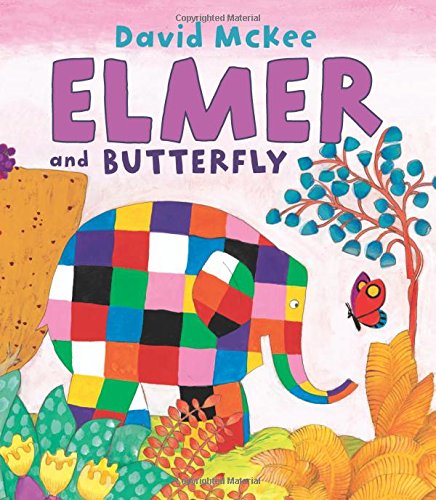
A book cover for Elmer and Butterfly (Elmer Books) (Andersen Press Picture Books); David McKee; Children's Books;